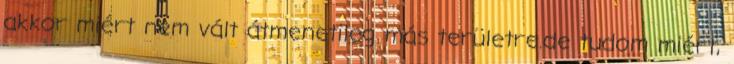
akkor miért nem vált átmenetileg más területre.de tudom miért,